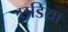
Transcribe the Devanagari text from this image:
छडिया